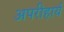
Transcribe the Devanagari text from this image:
अपरीहार्य